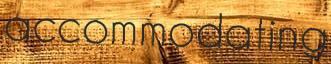
accommodating